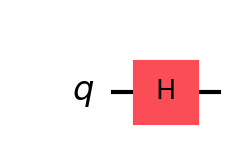
Description: Single Hadamard gate creating equal superposition
描述: 单个哈达玛门创建等概率叠加态
Category: basic_gates (difficulty: basic)
Qubits: 1, circuit depth: 1

Braket implementation:
from braket.circuits import Circuit
circuit = Circuit().h(0)